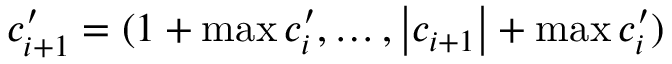
c _ { i + 1 } ^ { \prime } = ( 1 + \operatorname* { m a x } { c _ { i } ^ { \prime } } , \ldots , \left| { c _ { i + 1 } } \right| + \operatorname* { m a x } { c _ { i } ^ { \prime } } )